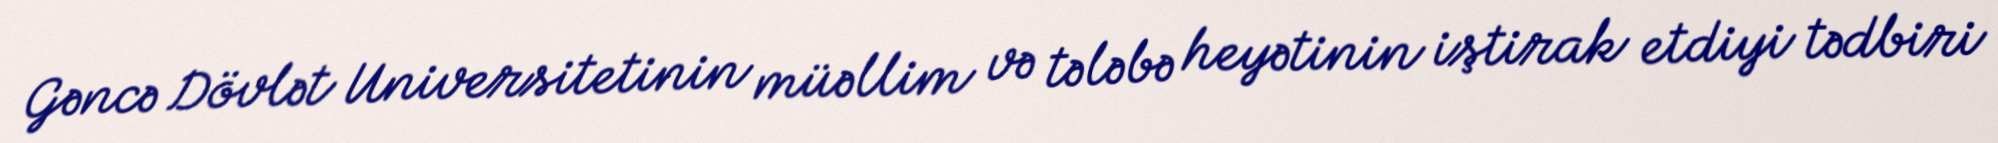
Gəncə Dövlət Universitetinin müəllim və tələbə heyətinin iştirak etdiyi tədbiri